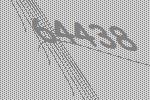
64438